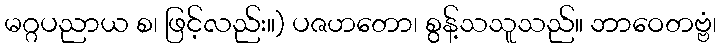
မဂ္ဂပညာယ စ၊ ဖြင့်လည်း။) ပဇဟတော၊ စွန့်သသူသည်။ ဘာဝေတဗ္ဗံ၊